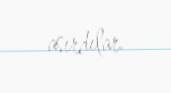
asırdılar.